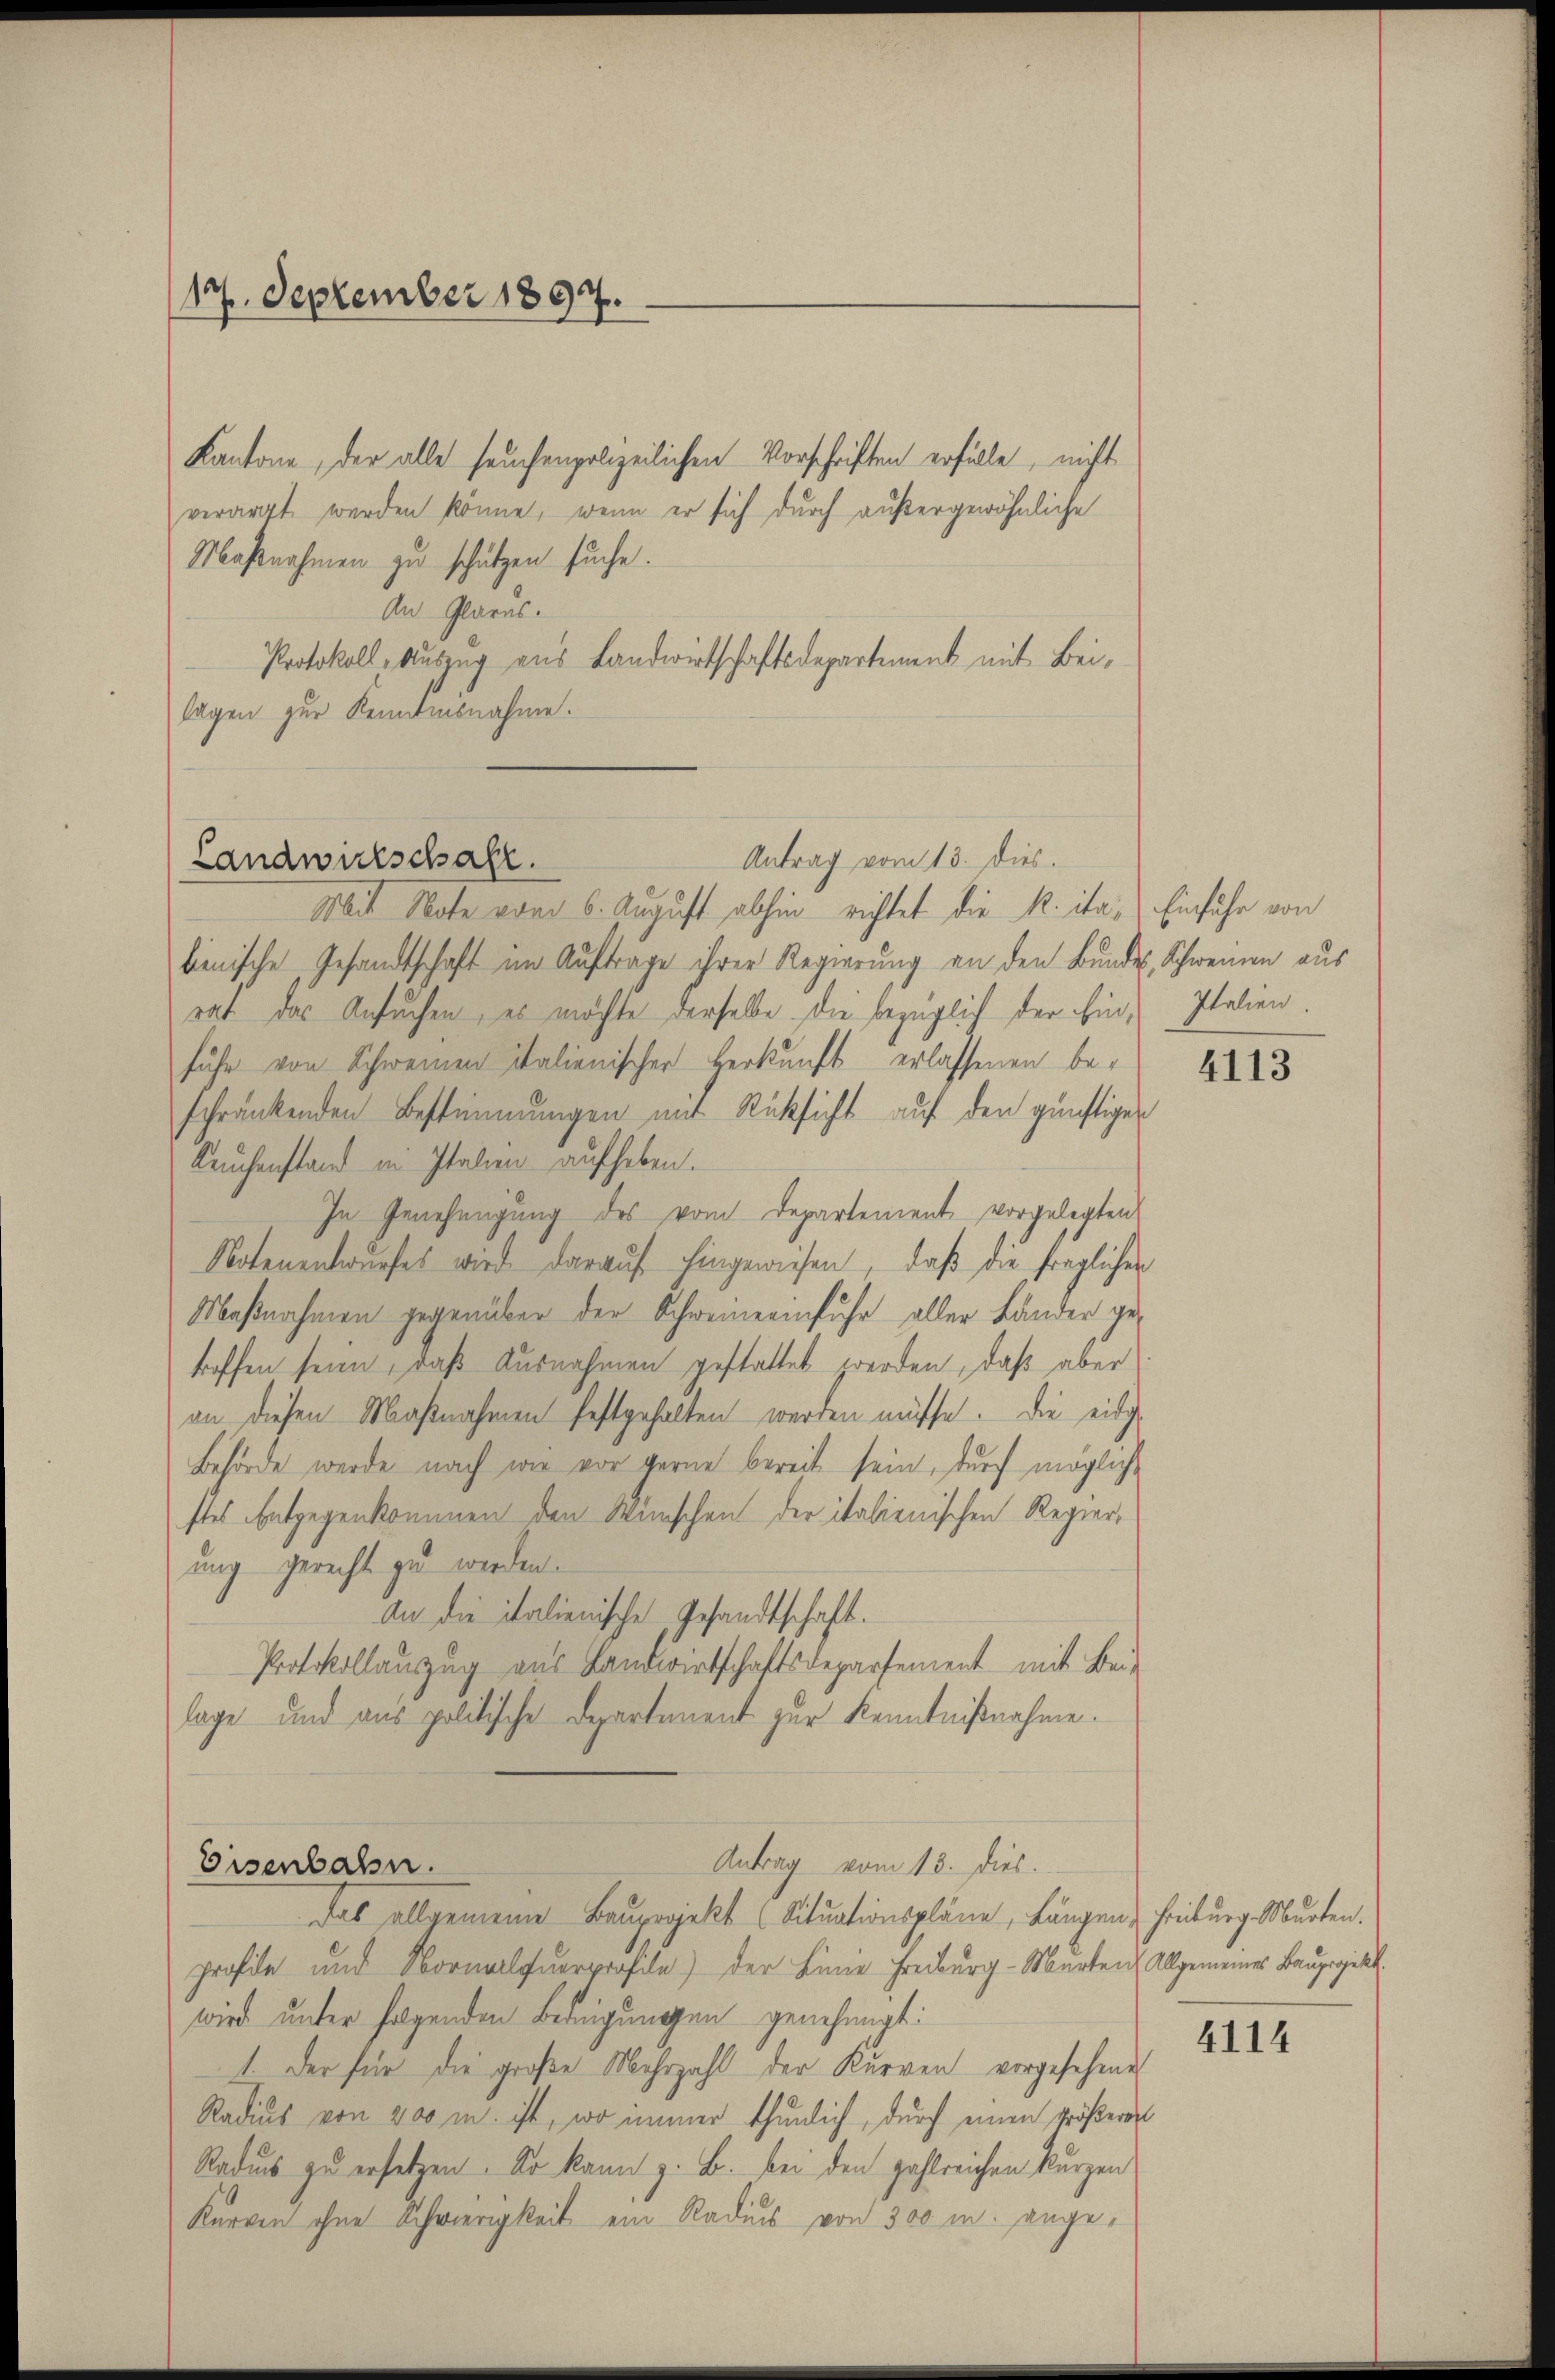
17. September 1894.
d

Kantone, der alle seuchenpolizeilichen Vorschriften erfülle, nicht
verarzt werden könne, wenn er sich durch außergewöhnliche
Maßnahmen zu schützen suche.
An Glarus.
Protokoll-Auszug aus Landwirtschaftsdepartement mit Beilagen zur Kenntnisnahme.

Mit Note vom 6. August abhin richtet die K. ita.) Einführ von
bienische Gesandtschaft im Auftrage ihrer Regierung an den Bundes, Schweinen aus
rat das Ansuchen, es möchte derselbe. Die bezüglich der hin, Italien.
fuhr von Schweinen Italienischer Herkunft erlassenen beschränkenden Bestimmungen mit Rücksicht auf den günstigen
Leuchenstand in Italien aufheben.
In Genehmigung des vom Departement vorgelegten
Notenentwurfes wird darauf hingewiesen, daß die fraglichen
Maßnahmen gegenüber der Schweinerinfuhr aller Länder getroffen seien, daß Ausnahmen gestattet werden, daß aber
an diesen Maßnahmen festgehalten werden müsse. Die eidig
Behörde werde nach wie vor gerne bereit sein, durch mögliche
stes Entgegenkommen den Wünschen der italienischen Regierung gerecht zu werden.
An die italienische Gesandtschaft.
Protokollauszug aus Landwirtschaftsdepartement mit Beis
lage und aus politische Departement zur Kenntnißnahme.

Antrag vom 13. dies
Landwulschaft.

Antrag vom 13. dies.
Eisenbahn.
Das allgemeine Bauprojekt (Situationspläne, Längen, Freiburg Murten.

profile und Normalquerprofile) der Linie Freiburg - Murten. Allgemeines Bauprgikt.
wird unter folgenden Bedingungen genehmigt:
1. Der für die große Mehrzahl der Kurren vorgesehene
Radius von 400 m. ist, wo immer thunlich, durch einen größeren
Radus zu ersetzen. So kann z. B. bei den zahlreichen kurzen
Kurven ohne Schwierigkeit ein Radius von 300 m. ange¬

4113

4114